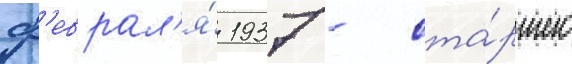
ф'еврал'я́ 1937 - ста́ршего